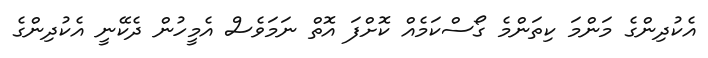
އެކުދިންގެ މަންމަ ކިތަންމެ ގޯސްކަމެއް ކޮށްފަ އޮތް ނަމަވެސް އެމީހުން ދެކޭނީ އެކުދިންގެ